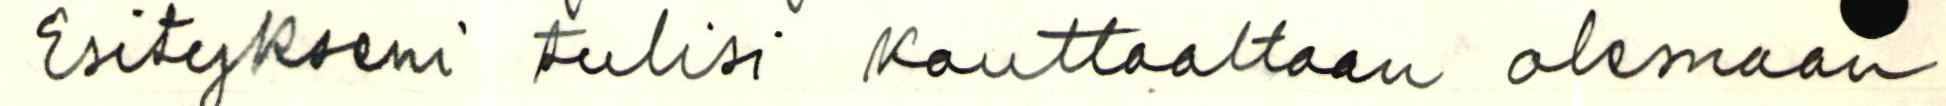
Esitykseni tulisi Kauttaaltaan olemaan